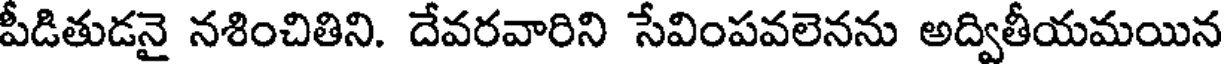
పీడితుడనై నశించితిని. దేవరవారిని సేవింపవలెనను అద్వితీయమయిన